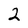
Character: 2